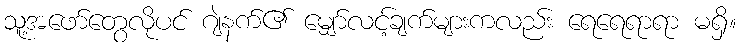
သူ့အဖော်တွေလိုပင် ဂျဲနက်၏ မျှော်လင့်ချက်များကလည်း ရေရေရာရာ မရှိ။